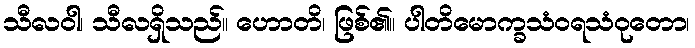
သီလဝါ၊ သီလရှိသည်။ ဟောတိ၊ ဖြစ်၏။ ပါတိမောက္ခသံဝရသံဝုတော၊